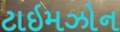
ટાઇમઝોન